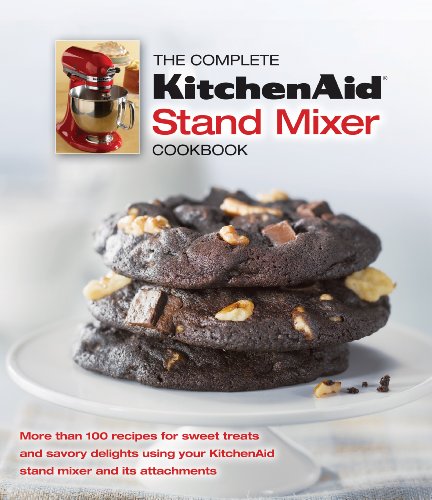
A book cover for The Complete KitchenAid Stand Mixer Cookbook; Cookbooks, Food & Wine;